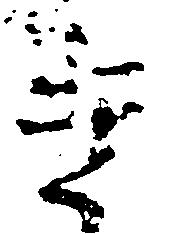
き